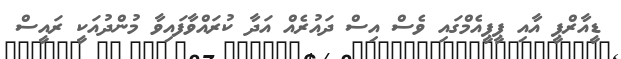
ޑީއާރްޕީ އާއި ޕީޕީއެމްގައި ވެސް އިސް ދައުރެއް އަދާ ކުރައްވާފައިވާ މުންދުއަކީ ރައީސް